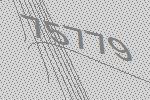
75779